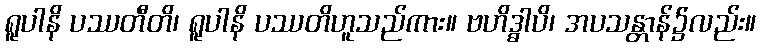
ရူပါနိ ပဿတီတိ၊ ရူပါနိ ပဿတိဟူသည်ကား။ ဗဟိဒ္ဓါပိ၊ အပသန္တာန်၌လည်း။